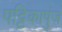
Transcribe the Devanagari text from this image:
पट्टिकापुंज